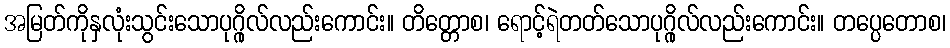
အမြတ်ကိုနှလုံးသွင်းသောပုဂ္ဂိုလ်လည်းကောင်း။ တိတ္တောစ၊ ရောင့်ရဲတတ်သောပုဂ္ဂိုလ်လည်းကောင်း။ တပ္ပေတောစ၊